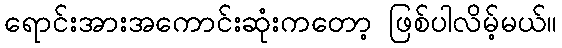
ရောင်းအားအကောင်းဆုံးကတော့ ဖြစ်ပါလိမ့်မယ်။